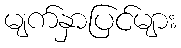
မျက်နှာပြင်များ